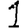
Digit: 1